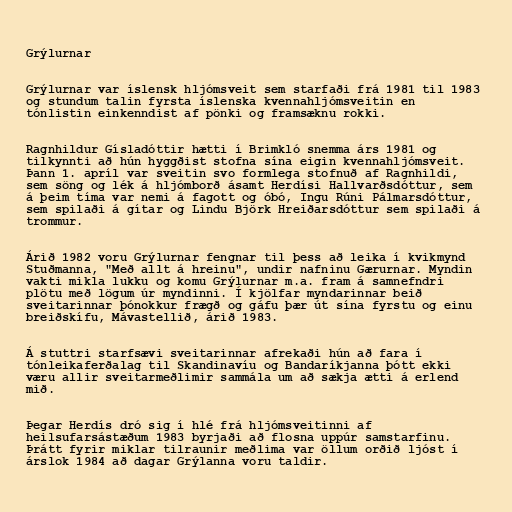
Grýlurnar

Grýlurnar var íslensk hljómsveit sem starfaði frá 1981 til 1983
og stundum talin fyrsta íslenska kvennahljómsveitin en
tónlistin einkenndist af pönki og framsæknu rokki.

Ragnhildur Gísladóttir hætti í Brimkló snemma árs 1981 og
tilkynnti að hún hyggðist stofna sína eigin kvennahljómsveit.
Þann 1. apríl var sveitin svo formlega stofnuð af Ragnhildi,
sem söng og lék á hljómborð ásamt Herdísi Hallvarðsdóttur, sem
á þeim tíma var nemi á fagott og óbó, Ingu Rúni Pálmarsdóttur,
sem spilaði á gítar og Lindu Björk Hreiðarsdóttur sem spilaði á
trommur.

Árið 1982 voru Grýlurnar fengnar til þess að leika í kvikmynd
Stuðmanna, "Með allt á hreinu", undir nafninu Gærurnar. Myndin
vakti mikla lukku og komu Grýlurnar m.a. fram á samnefndri
plötu með lögum úr myndinni. Í kjölfar myndarinnar beið
sveitarinnar þónokkur frægð og gáfu þær út sína fyrstu og einu
breiðskífu, Mávastellið, árið 1983.

Á stuttri starfsævi sveitarinnar afrekaði hún að fara í
tónleikaferðalag til Skandinavíu og Bandaríkjanna þótt ekki
væru allir sveitarmeðlimir sammála um að sækja ætti á erlend
mið.

Þegar Herdís dró sig í hlé frá hljómsveitinni af
heilsufarsástæðum 1983 byrjaði að flosna uppúr samstarfinu.
Þrátt fyrir miklar tilraunir meðlima var öllum orðið ljóst í
árslok 1984 að dagar Grýlanna voru taldir.